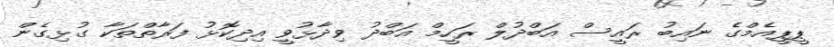
ޕީޕީއެމްގެ ނައިބު ރައީސް އަބްދުލް ރަހީމް އަބްދު ވިދާޅުވީ އިދިކޮޅު ފަރާތްތަކާ ގުޅިގެން